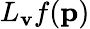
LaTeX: L_{\mathbf{v}}f(\mathbf{p})